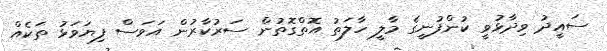
ސައީދު ވިދާޅުވީ ކުންފުނީގެ މާލީ ހާލަތު އޮތްގޮތުން ސަރުކާރުން އަވަސް ފިޔަވަޅު ތަކެއް